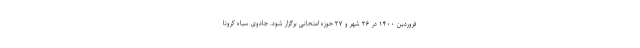
فروردین ۱۴۰۰ در ۲۶ شهر و ۲۷ حوزه امتحانی برگزار شود. جادوی سیاه کرونا